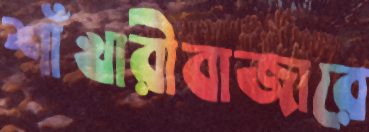
শাঁখারীবাজারে